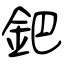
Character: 鈀